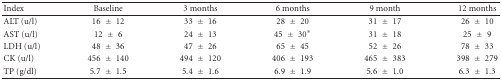
<table><thead><tr><td><b>Index</b></td><td><b>Baseline</b></td><td><b>3 months</b></td><td><b>6 months</b></td><td><b>9 month</b></td><td><b>12 months</b></td></tr></thead><tbody><tr><td>ALT (u/l)</td><td>16 ± 12</td><td>33 ± 16</td><td>28 ± 20</td><td>31 ± 17</td><td>26 ± 10</td></tr><tr><td>AST (u/l)</td><td>12 ± 6</td><td>24 ± 13</td><td>45 ± 30*</td><td>31 ± 18</td><td>25 ± 9</td></tr><tr><td>LDH (u/l)</td><td>48 ± 36</td><td>47 ± 26</td><td>65 ± 45</td><td>52 ± 26</td><td>78 ± 33</td></tr><tr><td>CK (u/l)</td><td>456 ± 140</td><td>494 ± 120</td><td>406 ± 193</td><td>465 ± 383</td><td>398 ± 279</td></tr><tr><td>TP (g/dl)</td><td>5.7 ± 1.5</td><td>5.4 ± 1.6</td><td>6.9 ± 1.9</td><td>5.6 ± 1.0</td><td>6.3 ± 1.3</td></tr></tbody></table>